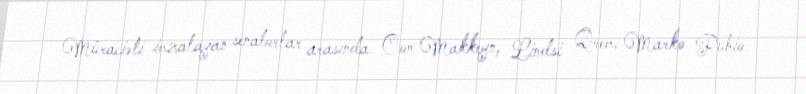
Müraciəti imzalayan senatorlar arasında Con Makkeyn, Lindsi Qrem, Marko Rubio